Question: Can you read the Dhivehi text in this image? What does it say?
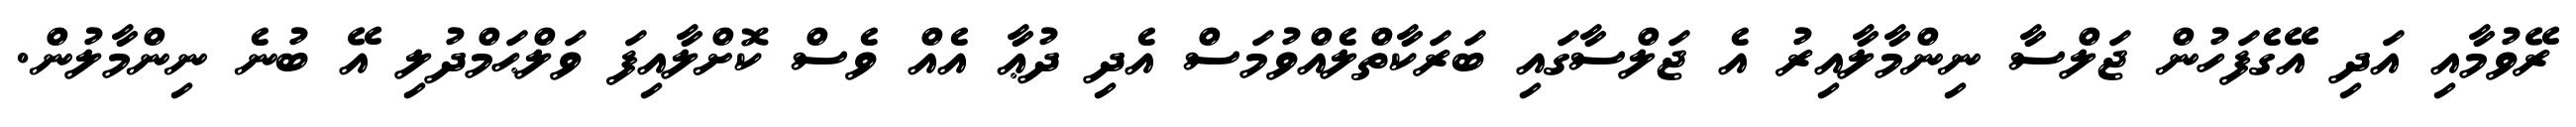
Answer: ރޭވުމާއި އަދި އޭގެފަހުން ޖަލްސާ ނިންމާލާއިރު އެ ޖަލްސާގައި ބަރަކާތްލެއްވުމަސް އެދި ދުޢާ އެއް ވެސް ކޮށްލާއިފަ ވަލްޙަމްދުލި އޭ ބުނެ ނިންމާލުން.